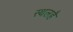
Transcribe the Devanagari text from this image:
स्थलहै